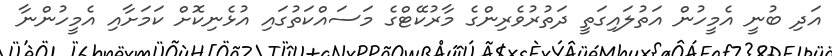
އަދި ބުނީ އެމީހުން އަތުލައިގަތީ ދަތުރުވެރިންގެ މާރުކޭޓްގެ މަސައްކަތުގައި އުޅެނިކޮށް ކަމަށާއި އެމީހުންނާ